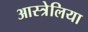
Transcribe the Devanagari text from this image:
आस्त्रेलिया